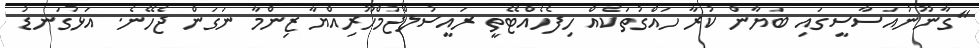
"ގާނޫނުއަސާސީގައި ބަޔާން ކުރާ ހައްގުތަކެއް ހިފެހެއްޓޭތީ ރައީސުލްޖުމްހޫރިއްޔާ ޒިންމާ ނަގަން ޖެހޭނެ. އަޅުގަނޑު